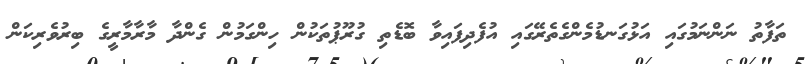
ތަފާތު ނަންނަމުގައި އަޅުގަނޑުމެންގެތެރޭގައި އުފެދިފައިވާ ބޮޑެތި ގުރޫޕުތަކުން ހިންގަމުން ގެންދާ މާރާމާރީގެ ބިރުވެރިކަން